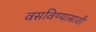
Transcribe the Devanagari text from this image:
वसविण्यासाठी